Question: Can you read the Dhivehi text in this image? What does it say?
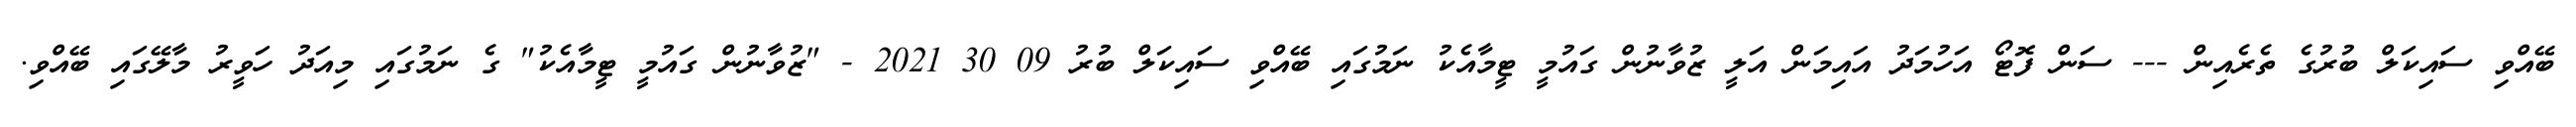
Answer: ބޭއްވި ސައިކަލް ބުރުގެ ތެރެއިން --- ސަން ފޮޓޯ އަހުމަދު އައިމަން އަލީ ޒުވާނުން ގައުމީ ޓީމާއެކު ނަމުގައި ބޭއްވި ސައިކަލް ބުރު 09 30 2021 - "ޒުވާނުން ގައުމީ ޓީމާއެކު" ގެ ނަމުގައި މިއަދު ހަވީރު މާލޭގައި ބޭއްވި.